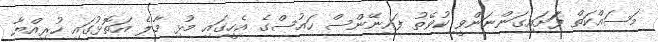
މަސައްކަތް ފަަށައިގަންނަންވީ ކުވޭތު ފައިނޭންސް ހައުސްގެ އެހީގައި މުޅި މާލެ އަތޮޅުގައި ހުރިއްޔާ